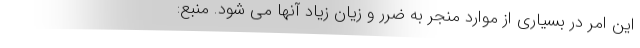
این امر در بسیاری از موارد منجر به ضرر و زیان زیاد آنها می شود. منبع: